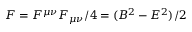
{ \cal F } = F ^ { \mu \nu } F _ { \mu \nu } / 4 = ( B ^ { 2 } - E ^ { 2 } ) / 2